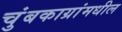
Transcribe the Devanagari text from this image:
चुंबकाग्रांमधील